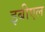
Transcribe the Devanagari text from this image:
इबीएल